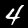
Digit: 4